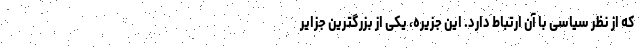
که از نظر سیاسی با آن ارتباط دارد. این جزیره، یکی از بزرگترین جزایر